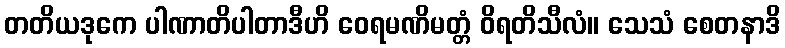
တတိယဒုကေ ပါဏာတိပါတာဒီဟိ ဝေရမဏိမတ္တံ ဝိရတိသီလံ။ သေသံ စေတနာဒိ